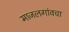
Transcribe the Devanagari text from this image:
माजलगांवचा